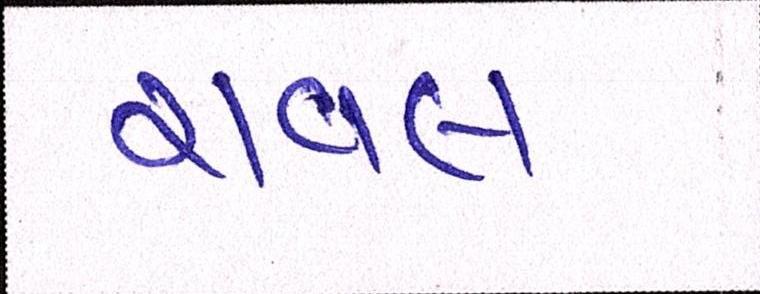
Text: રાવલ